Serum-therapy of plague in India - Number 20
Disease focus: Plague
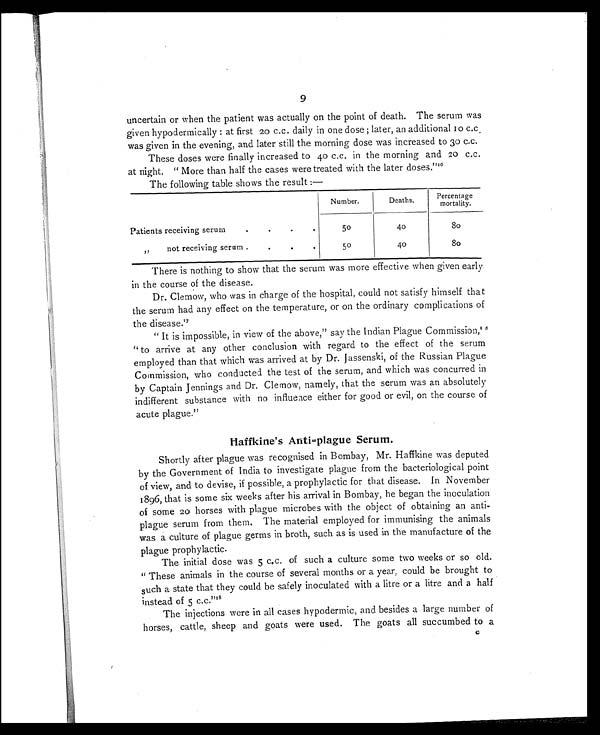
9
uncertain or when the patient was actually on the point of death. The serum was
given hypodermically: at first 20 c.c. daily in one dose; later, an additional 10 c.c.
was given in the evening, and later still the morning dose was increased to 30 c.c.
These doses were finally increased to 40 c.c. in the morning and 20 c.c.
at night. " More than half the cases were treated with the later doses."16
The following table shows the result :—
Patients receiving serum
.
.
. .
Number.
Deaths.
Percentage
mortality.
50
40
8 0
,, not receiving serum . . .
50
40
8 0
There is nothing to show that the serum was more effective when given early
in the course of the disease.
Dr. Clemow, who was in charge of the hospital, could not satisfy himself that
the serum had any effect on the temperature, or on the ordinary complications of
the disease.1 7
" It is impossible, in view of the above," say the Indian Plague Commission, 16
" to arrive at any other conclusion with regard to the effect of the serum
employed than that which was arrived at by Dr. Jassenski, of the Russian Plague
Commission, who conducted the test of the serum, and which was concurred in
by Captain Jennings and Dr. Clemow, namely, that the serum was an absolutely
indifferent substance with no influence either for good or evil, on the course of
acute plague."
Haffkine's Anti=plague Serum.
Shortly after plague was recognised in Bombay, Mr. Haffkine was deputed
by the Government of India to investigate plague from the bacteriological point
of view, and to devise, if possible, a prophylactic for that disease. In November
1896, that is some six weeks after his arrival in Bombay, he began the inoculation
of some 20 horses with plague microbes with the object of obtaining an anti-
plague serum from them. The material employed for immunising the animals
was a culture of plague germs in broth, such as is used in the manufacture of the
plague prophylactic.
The initial dose was 5 c.c. of such a culture some two weeks or so old.
" These animals in the course of several months or a year, could be brought to
such a state that they could be safely inoculated with a litre or a litre and a half
instead of 5 c.c." 1 8
The injections were in all cases hypodermic, and besides a large number of
horses, cattle, sheep and goats were used. The goats all succumbed to a c